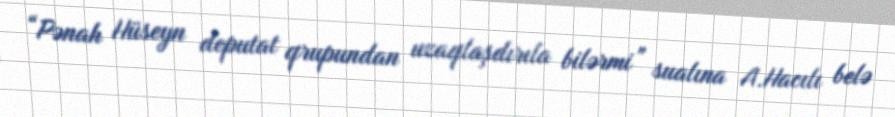
“Pənah Hüseyn deputat qrupundan uzaqlaşdırıla bilərmi” sualına A.Hacılı belə